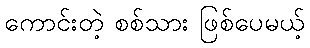
ကောင်းတဲ့ စစ်သား ဖြစ်ပေမယ့်